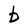
Character: b